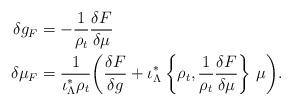
LaTeX: \begin{align*}\delta g_F&=-\frac{1}{\rho_t}\frac{\delta F}{\delta\mu}\\\delta\mu_F&=\frac{1}{\iota_\Lambda^*\rho_t}\bigg(\frac{\delta F}{\delta g}+\iota_\Lambda^*\left\{\rho_t,\frac{1}{\rho_t}\frac{\delta F}{\delta \mu}\right\}\,\mu\bigg).\end{align*}